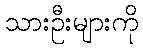
သားဦးများကို